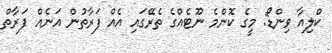
ކްލިއާ ވިންޑޯ: މީގެ ކޮންމެ ނޫޓެއްގެ ތެރޭގައި އެއް ފަރާތުން އަނެއް ފަރާތް